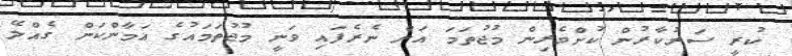
ކުރީ ސަރުކާރުން ކުށްވެރިން މުޖުތަމަ އަށް ނެރެފައި ވަނީ މުޖުތަމައުގެ އަމާންކަން ގެއްލޭ